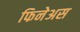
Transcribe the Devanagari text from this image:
फिनेअस